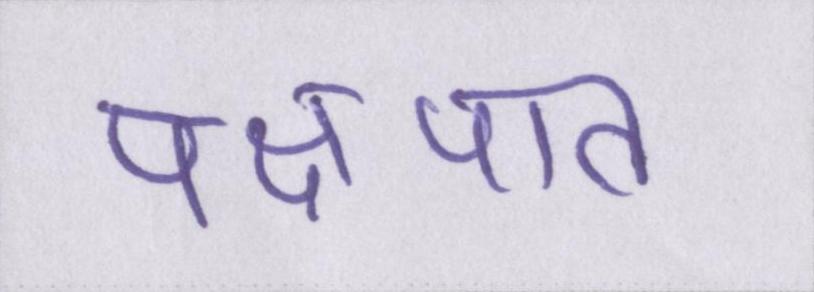
पक्षपात